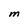
Character: M